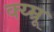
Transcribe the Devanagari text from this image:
क्य्म्रू